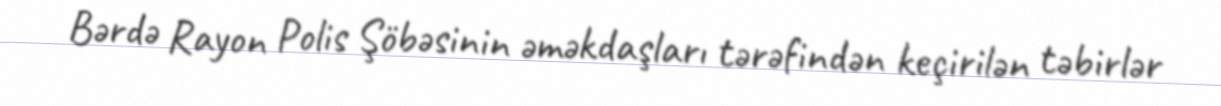
Bərdə Rayon Polis Şöbəsinin əməkdaşları tərəfindən keçirilən təbirlər